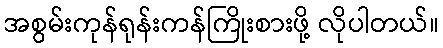
အစွမ်းကုန်ရုန်းကန်ကြိုးစားဖို့ လိုပါတယ်။